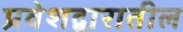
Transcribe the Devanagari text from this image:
प्रवेशद्वारातील